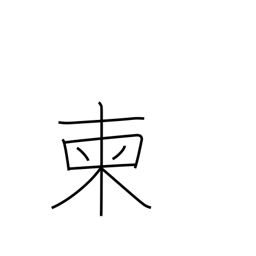
Meaning: pick out